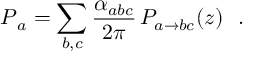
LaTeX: \d { \cal P } _ { a } = \sum _ { b , c } \frac { \alpha _ { a b c } } { 2 \pi } \, P _ { a \to b c } ( z ) \, \d t \, \d z ~ .